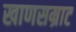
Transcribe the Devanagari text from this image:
खाणसम्राट